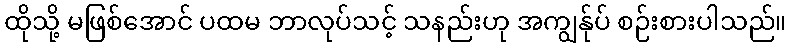
ထိုသို့ မဖြစ်အောင် ပထမ ဘာလုပ်သင့် သနည်းဟု အကျွန်ုပ် စဉ်းစားပါသည်။